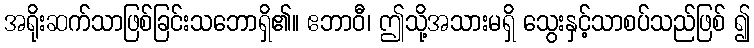
အရိုးဆက်သာဖြစ်ခြင်းသဘောရှိ၏။ ဧဘာဝီ၊ ဤသို့အသားမရှိ သွေးနှင့်သာစပ်သည်ဖြစ် ၍